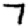
Digit: 7